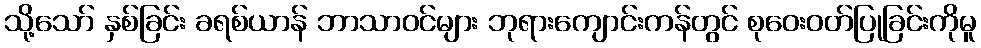
သို့သော် နှစ်ခြင်း ခရစ်ယာန် ဘာသာဝင်များ ဘုရားကျောင်းကန်တွင် စုဝေးဝတ်ပြုခြင်းကိုမူ